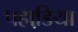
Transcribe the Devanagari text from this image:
पहाडि़या